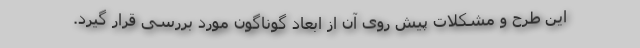
این طرح و مشکلات پیش روی آن از ابعاد گوناگون مورد بررسی قرار گیرد.